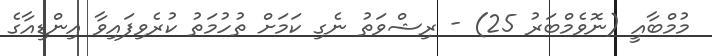
މުމްބާއީ (ނޮވެމްބަރު 25) - ރިޝްވަތު ނެގި ކަމަށް ތުހުމަތު ކުރެވިފައިވާ އިންޑިއާގެ